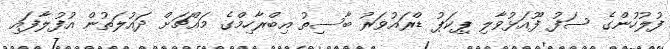
ފުލުހުންގެ ސަފު ފޫއަޅުވާލި ޕިކަޕު ޑްރައުވަރު ބާސިތު އިބްރާހިމްގެ މައްޗަށް ދައުލަތުން އުފުލާފައި